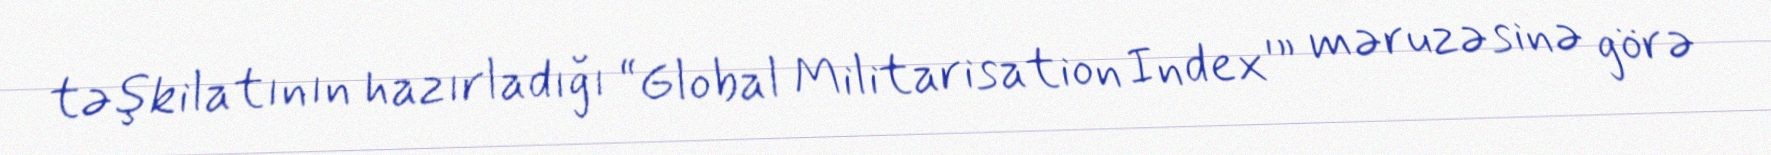
təşkilatının hazırladığı “Global Militarisation Index'” məruzəsinə görə